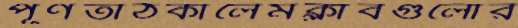
পূর্ণতাঠকালেমক্লাবগুলোর